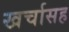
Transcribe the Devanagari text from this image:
खर्चासह